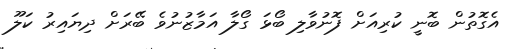
އެގޮތުން ބޮނީ ކުރިއަށް ފޮނުވާލި ބޯޅަ ގޯލާ އަމާޒުނުވެ ބޭރަށް ދިޔައިރު ކަލޫ